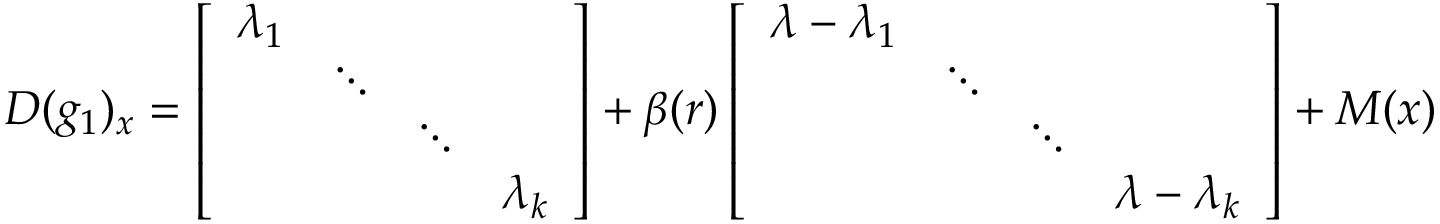
D ( g _ { 1 } ) _ { x } = \left[ \begin{array} { l l l l } { \lambda _ { 1 } } & { \ } & { \ } & { \ } \\ { \ } & { \ddots } & { \ } & { \ } \\ { \ } & { \ } & { \ddots } & { \ } \\ { \ } & { \ } & { \ } & { \lambda _ { k } } \end{array} \right] + \beta ( r ) \left[ \begin{array} { l l l l } { \lambda - \lambda _ { 1 } } & { \ } & { \ } & { \ } \\ { \ } & { \ddots } & { \ } & { \ } \\ { \ } & { \ } & { \ddots } & { \ } \\ { \ } & { \ } & { \ } & { \lambda - \lambda _ { k } } \end{array} \right] + M ( x )